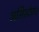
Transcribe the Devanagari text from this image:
असिस्टेण्ट